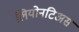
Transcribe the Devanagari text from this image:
लियोनटिअस